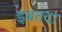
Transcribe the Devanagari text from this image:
इबतदा